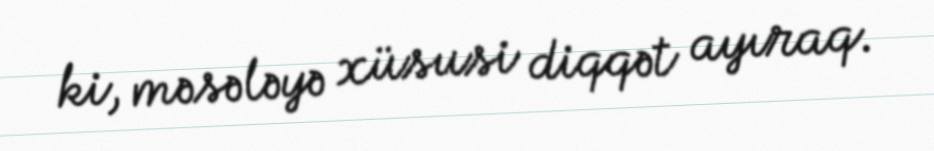
ki, məsələyə xüsusi diqqət ayıraq.